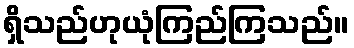
ရှိသည်ဟုယုံကြည်ကြသည်။